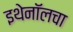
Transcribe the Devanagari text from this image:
इथेनॉलचा